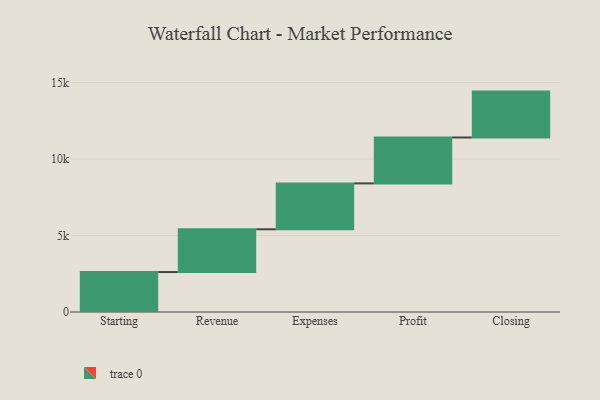
{"axis": {"x": "Step", "y": "Value"}, "legend": [""], "data": [{"x": "Starting", "y": 2612.0, "type": ""}, {"x": "Revenue", "y": 2795.0, "type": ""}, {"x": "Expenses", "y": 3000, "type": ""}, {"x": "Profit", "y": 3000, "type": ""}, {"x": "Closing", "y": 3000, "type": ""}]}